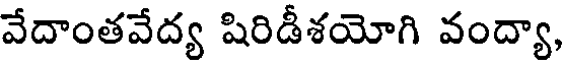
వేదాంతవేద్య షిరిడీశయోగి వంద్యా,